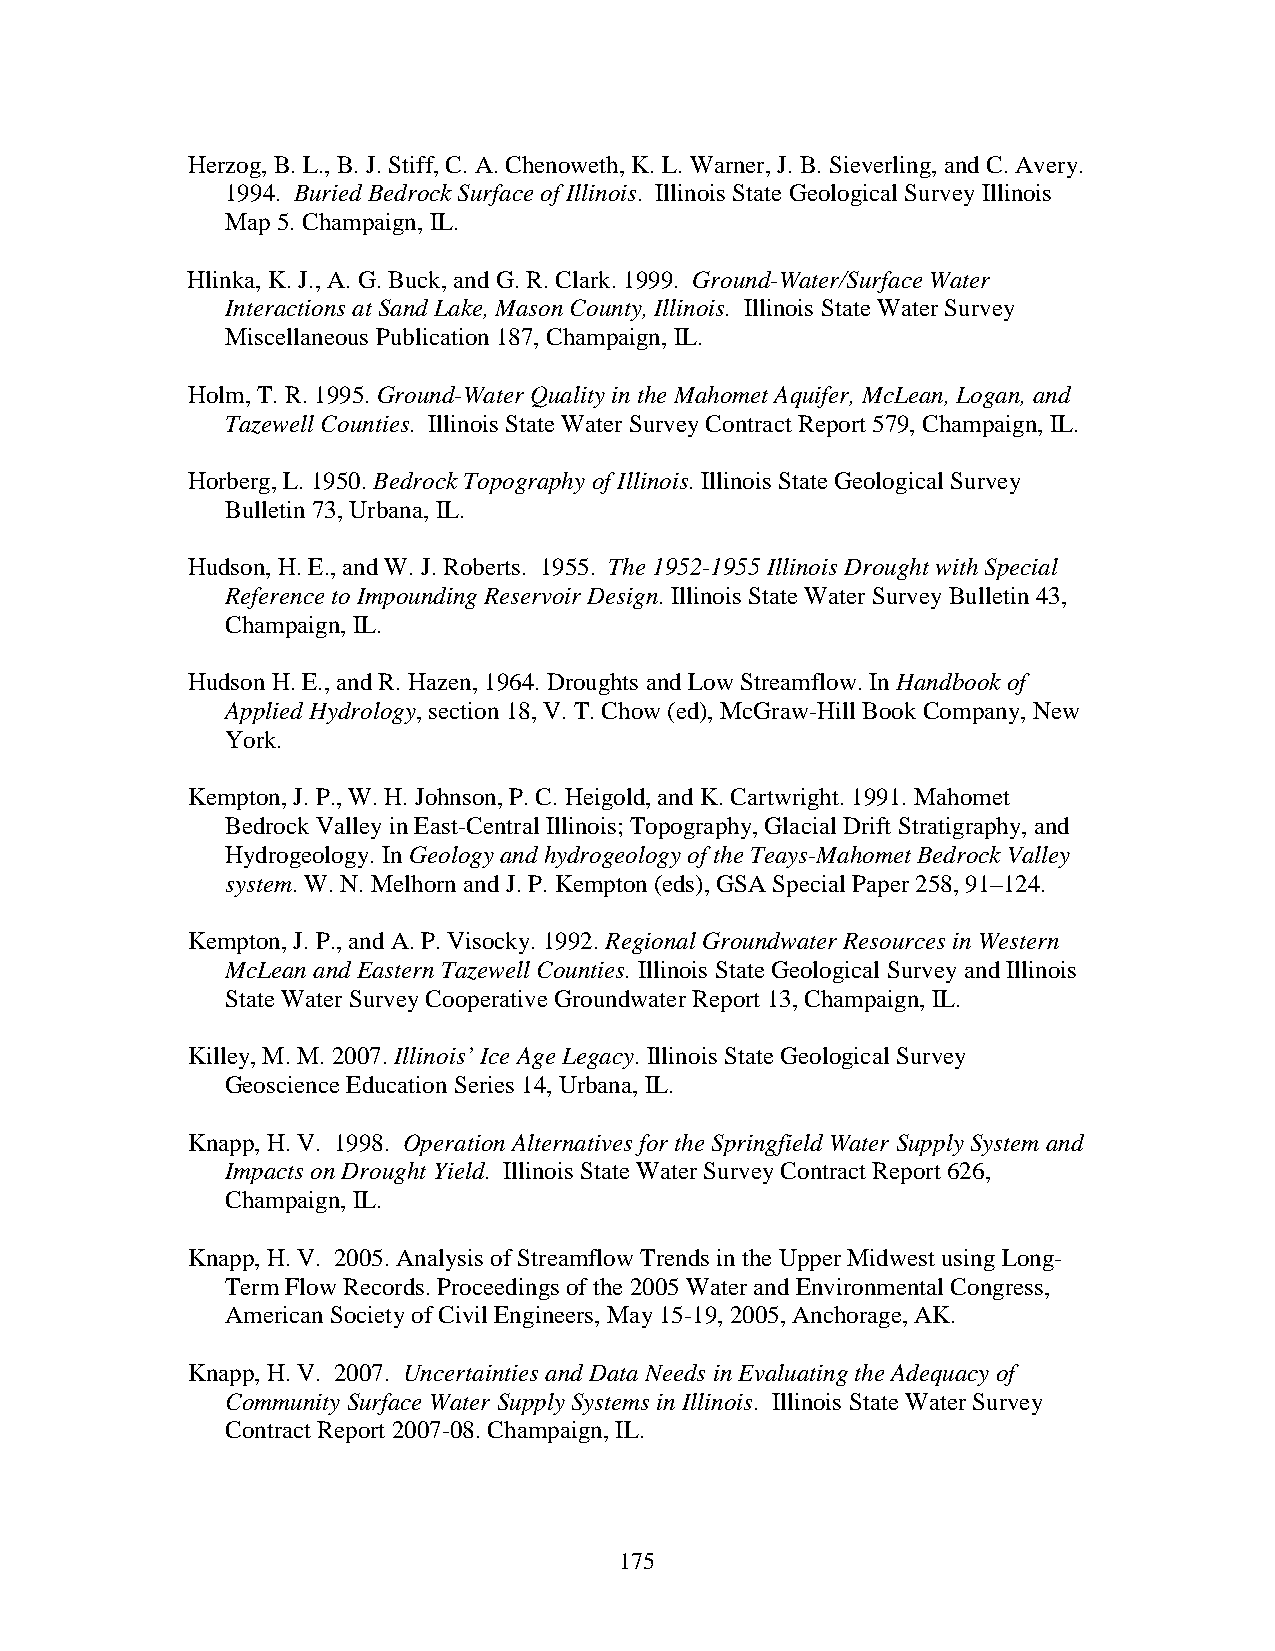
Herzog, B. L., B. J. Stiff, C. A. Chenoweth, K. L. Warner, J. B. Sieverling, and C. Avery.
 1994. Buried Bedrock Surface of Illinois. Illinois State Geological Survey Illinois
 Map 5. Champaign, IL.
 Hlinka, K. J., A. G. Buck, and G. R. Clark. 1999. Ground-Water/Surface Water
 Interactions at Sand Lake, Mason County, Illinois. Illinois State Water Survey
 Miscellaneous Publication 187, Champaign, IL.
 Holm, T. R. 1995. Ground-Water Quality in the Mahomet Aquifer, McLean, Logan, and
 Tazewell Counties. Illinois State Water Survey Contract Report 579, Champaign, IL.
 Horberg, L. 1950. Bedrock Topography of Illinois. Illinois State Geological Survey
 Bulletin 73, Urbana, IL.
 Hudson, H. E., and W. J. Roberts. 1955. The 1952-1955 Illinois Drought with Special
 Reference to Impounding Reservoir Design. Illinois State Water Survey Bulletin 43,
 Champaign, IL.
 Hudson H. E., and R. Hazen, 1964. Droughts and Low Streamflow. In Handbook of
 Applied Hydrology, section 18, V. T. Chow (ed), McGraw-Hill Book Company, New
 York.
 Kempton, J. P., W. H. Johnson, P. C. Heigold, and K. Cartwright. 1991. Mahomet
 Bedrock Valley in East-Central Illinois; Topography, Glacial Drift Stratigraphy, and
 Hydrogeology. In Geology and hydrogeology of the Teays-Mahomet Bedrock Valley
 system. W. N. Melhorn and J. P. Kempton (eds), GSA Special Paper 258, 91–124.
 Kempton, J. P., and A. P. Visocky. 1992. Regional Groundwater Resources in Western
 McLean and Eastern Tazewell Counties. Illinois State Geological Survey and Illinois
 State Water Survey Cooperative Groundwater Report 13, Champaign, IL.
 Killey, M. M. 2007. Illinois’ Ice Age Legacy. Illinois State Geological Survey
 Geoscience Education Series 14, Urbana, IL.
 Knapp, H. V. 1998. Operation Alternatives for the Springfield Water Supply System and
 Impacts on Drought Yield. Illinois State Water Survey Contract Report 626,
 Champaign, IL.
 Knapp, H. V. 2005. Analysis of Streamflow Trends in the Upper Midwest using Long-
 Term Flow Records. Proceedings of the 2005 Water and Environmental Congress,
 American Society of Civil Engineers, May 15-19, 2005, Anchorage, AK.
 Knapp, H. V. 2007. Uncertainties and Data Needs in Evaluating the Adequacy of
 Community Surface Water Supply Systems in Illinois. Illinois State Water Survey
 Contract Report 2007-08. Champaign, IL.
 175